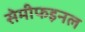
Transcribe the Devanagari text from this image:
सेमीफइनल